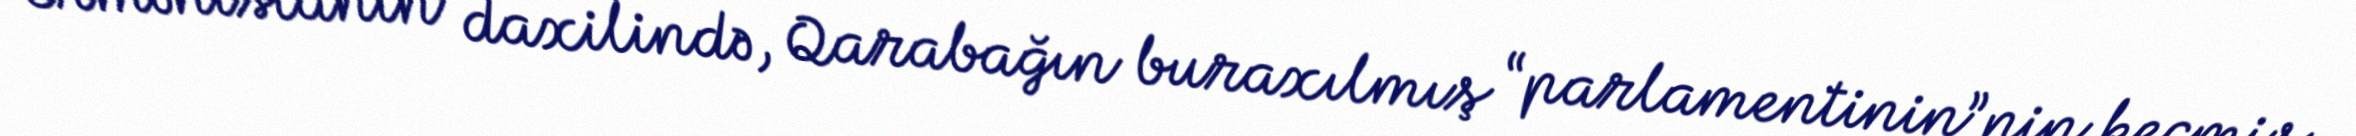
Ermənistanın daxilində, Qarabağın buraxılmış “parlamentinin”nin keçmiş